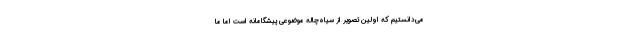
می‌دانستیم که اولین تصویر از سیاه‌چاله موضوعی پیشگامانه است اما ما